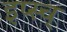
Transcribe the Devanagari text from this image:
इप्स्च्